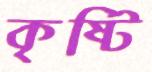
কৃষ্টি